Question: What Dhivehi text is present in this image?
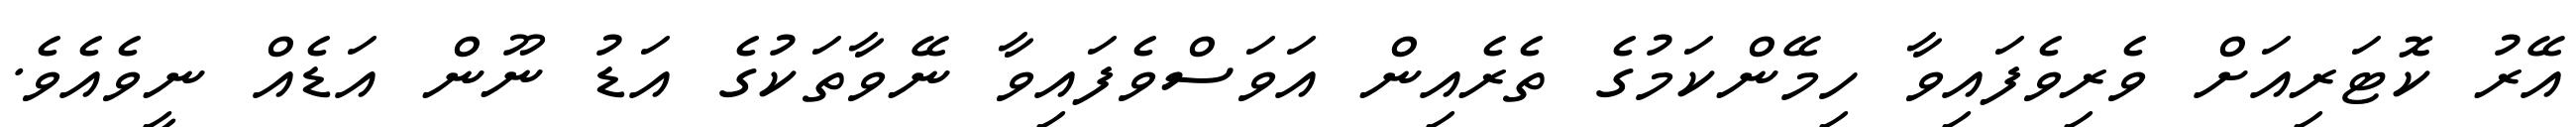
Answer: އޭރު ކޮޓަރިއަށް ވެރިވެފައިވާ ހިމޭންކަމުގެ ތެރެއިން އަވަސްވެފައިވާ ނޭވާތަކުގެ އަޑު ނޫން އަޑެއް ނީވެއެވެ.